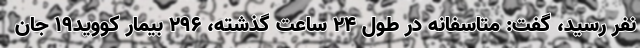
نفر رسید، گفت: متاسفانه در طول ۲۴ ساعت گذشته، ۲۹۶ بیمار کووید۱۹ جان